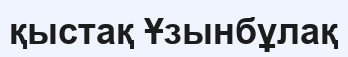
қыстақ Ұзынбұлақ